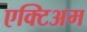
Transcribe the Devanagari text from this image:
एक्टिअम